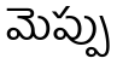
మెప్పు